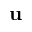
\mathbf { u }